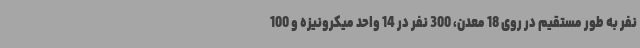
نفر به طور مستقیم در روی 18 معدن، 300 نفر در 14 واحد میکرونیزه و 100